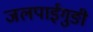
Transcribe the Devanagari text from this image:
जलपाईगुङी